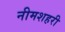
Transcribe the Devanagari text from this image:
नीमशहरी